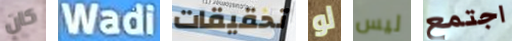
كان Wadi تحقيقات لو ليس اجتمع